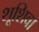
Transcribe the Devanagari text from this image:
शूशिवा